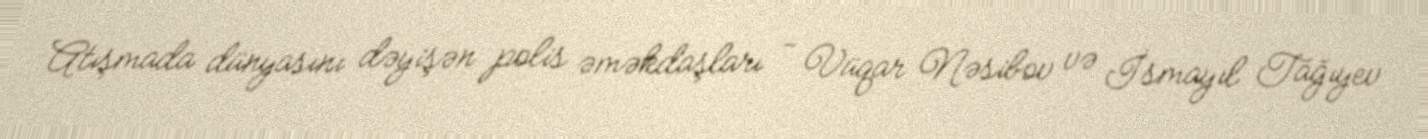
Atışmada dünyasını dəyişən polis əməkdaşları - Vüqar Nəsibov və İsmayıl Tağıyev